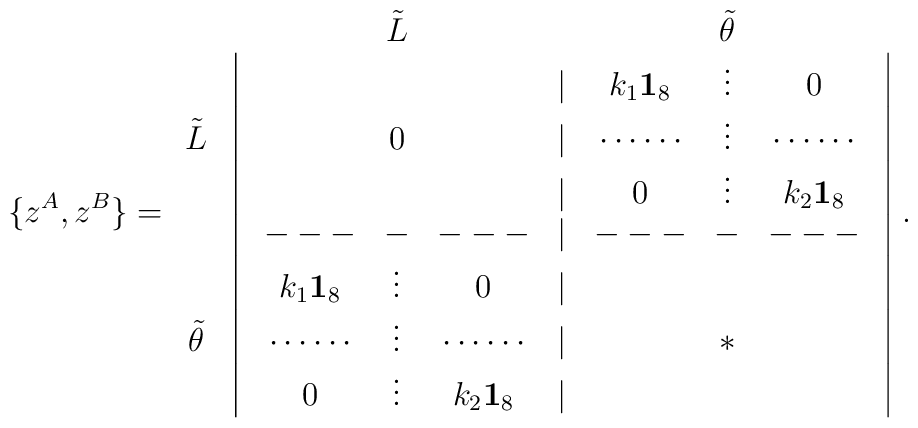
\{z^A,z^B\}=\begin{array}{cccccccccc}& & & \tilde L & & & & \tilde\theta \\& \vline &     & &  & | & k_1{\bf 1}_8 & \vdots & 0 & \vline\\\tilde L & \vline & & 0 & & | & \cdots\cdots & \vdots & \cdots\cdots & \vline\\& \vline & & & & | & 0 & \vdots & k_2{\bf 1}_8 & \vline\\& \vline & - - - & - & - - - & | & - - - & - & - - - & \vline\\& \vline & k_1{\bf 1}_8 & \vdots & 0 & | & & & & \vline\\\tilde\theta & \vline & \cdots\cdots & \vdots & \cdots\cdots & | & & * & &\vline\\& \vline & 0 & \vdots & k_2{\bf 1}_8 & | & & & & \vline\end{array}.